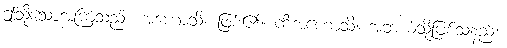
ဤသို့သောအကြံသည်။ အဟောသိ၊ ဖြစ်၏။ ကိံအဟောသိ၊ အဘယ်သို့ဖြစ်သနည်း။